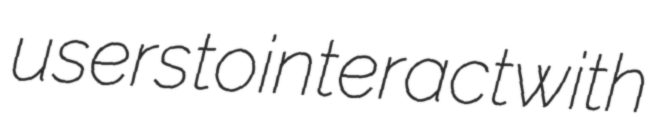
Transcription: users to interact with